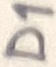
Text: D1